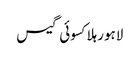
لاہورہلاکسوئی گیس